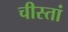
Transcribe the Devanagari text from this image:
चीस्तां